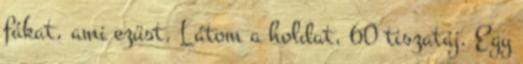
fákat, ami ezüst. Látom a holdat, 60 tiszatáj. Egy